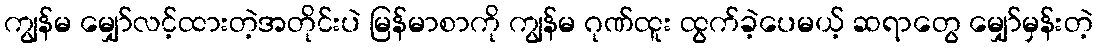
ကျွန်မ မျှော်လင့်ထားတဲ့အတိုင်းပဲ မြန်မာစာကို ကျွန်မ ဂုဏ်ထူး ထွက်ခဲ့ပေမယ့် ဆရာတွေ မျှော်မှန်းတဲ့